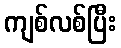
ကျစ်လစ်ပြီး